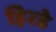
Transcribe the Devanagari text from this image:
हिरडे